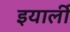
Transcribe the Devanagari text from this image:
इयार्ली